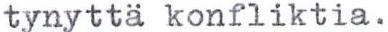
tynyttä konfliktia.